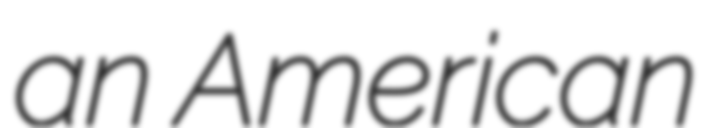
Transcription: an American